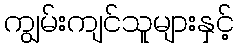
ကျွမ်းကျင်သူများနှင့်